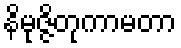
နိမုဇ္ဇိတုကာမတာ